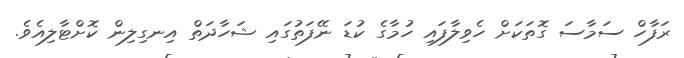
ރަފާހް ސަމާސަ ގޮތަކަށް ހެވިލާފައި ހުމާގެ ކުޑަ ނޭފަތުގައި ޝަހާދަތް އިނގިލިން ކޮށްޓާލިއެވެ.